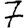
Digit: 7